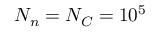
N _ { n } = N _ { C } = 1 0 ^ { 5 }